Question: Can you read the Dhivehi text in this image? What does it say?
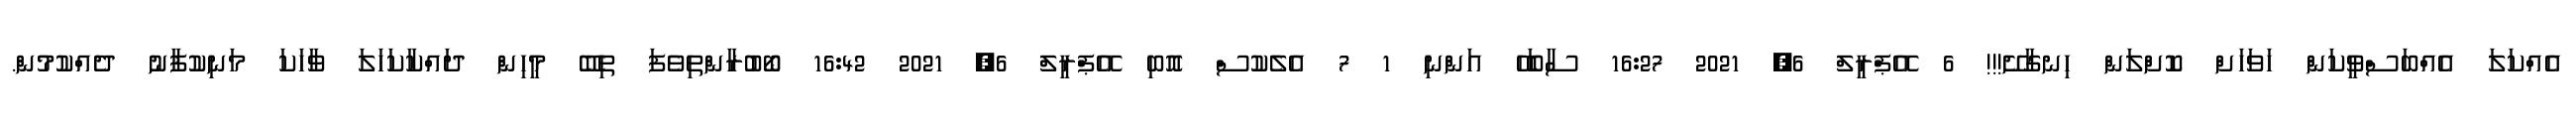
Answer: އެއްކަލަ އެއްބަސްވީކަން ހަވަހަށް ކޮށްލަން ހިނގާށޭ!!! 6 އޭޕްރީލް 6, 2021 16:27 ސާބަހޭ އަންނި 1 7 އެލެކުސް އޮބި އޭޕްރީލް 6, 2021 16:42 ބޯބުރާންތިވެފަ ތިބޭ މީހިން ދައްކާކަހަލަ ވާހަކަ މަނިކުފާނު ދެއްކުމުން.